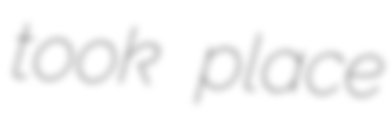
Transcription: took place